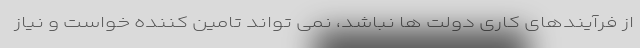
از فرآیندهای کاری دولت ها نباشد، نمی تواند تامین کننده خواست و نیاز